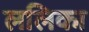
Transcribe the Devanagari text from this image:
ललिका